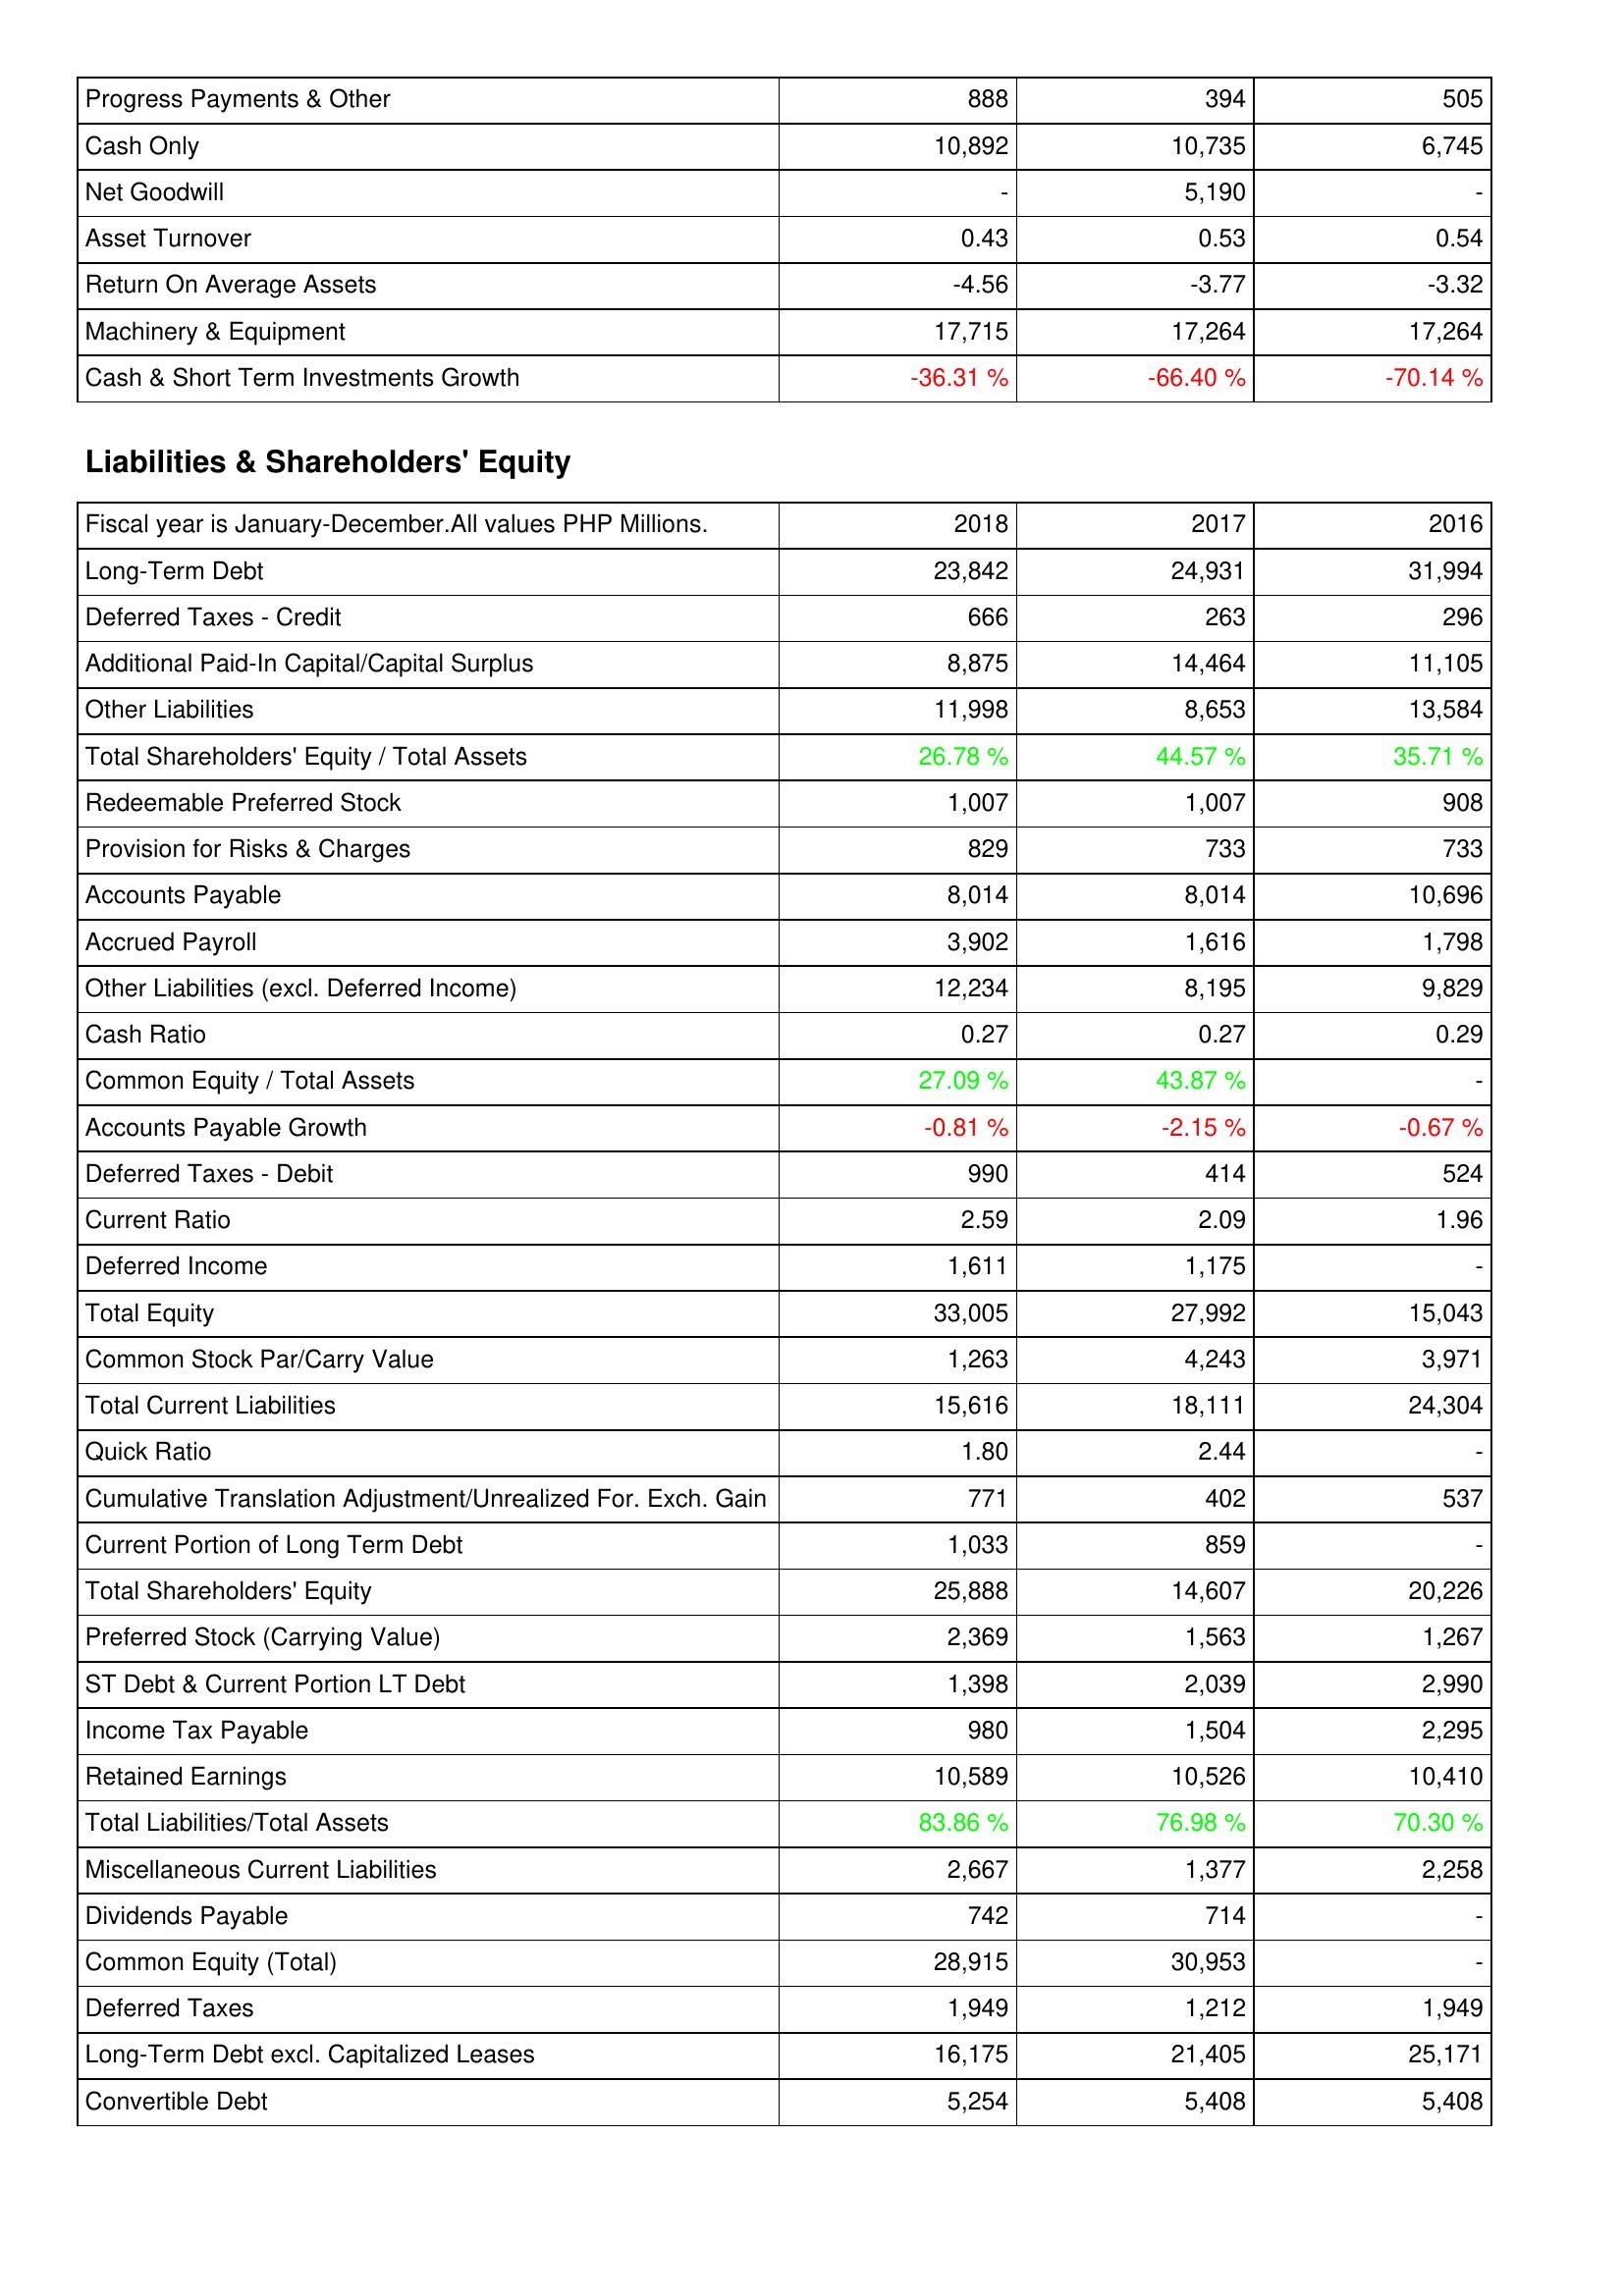
2018: Assets: Progress Payments & Other: 888
Cash Only: 10,892
Net Goodwill: -
Asset Turnover: 0.43
Return On Average Assets: -4.56
Machinery & Equipment: 17,715
Cash & Short Term Investments Growth: -36.31 %
Liabilities & Shareholders' Equity: Long-Term Debt: 23,842
Deferred Taxes - Credit: 666
Additional Paid-In Capital/Capital Surplus: 8,875
Other Liabilities: 11,998
Total Shareholders' Equity / Total Assets: 26.78 %
Redeemable Preferred Stock: 1,007
Provision for Risks & Charges: 829
Accounts Payable: 8,014
Accrued Payroll: 3,902
Other Liabilities (excl. Deferred Income): 12,234
Cash Ratio: 0.27
Common Equity / Total Assets: 27.09 %
Accounts Payable Growth: -0.81 %
Deferred Taxes - Debit: 990
Current Ratio: 2.59
Deferred Income: 1,611
Total Equity: 33,005
Common Stock Par/Carry Value: 1,263
Total Current Liabilities: 15,616
Quick Ratio: 1.80
Cumulative Translation Adjustment/Unrealized For. Exch. Gain: 771
Current Portion of Long Term Debt: 1,033
Total Shareholders' Equity: 25,888
Preferred Stock (Carrying Value): 2,369
ST Debt & Current Portion LT Debt: 1,398
Income Tax Payable: 980
Retained Earnings: 10,589
Total Liabilities/Total Assets: 83.86 %
Miscellaneous Current Liabilities: 2,667
Dividends Payable: 742
Common Equity (Total): 28,915
Deferred Taxes: 1,949
Long-Term Debt excl. Capitalized Leases: 16,175
Convertible Debt: 5,254
2017: Assets: Progress Payments & Other: 394
Cash Only: 10,735
Net Goodwill: 5,190
Asset Turnover: 0.53
Return On Average Assets: -3.77
Machinery & Equipment: 17,264
Cash & Short Term Investments Growth: -66.40 %
Liabilities & Shareholders' Equity: Long-Term Debt: 24,931
Deferred Taxes - Credit: 263
Additional Paid-In Capital/Capital Surplus: 14,464
Other Liabilities: 8,653
Total Shareholders' Equity / Total Assets: 44.57 %
Redeemable Preferred Stock: 1,007
Provision for Risks & Charges: 733
Accounts Payable: 8,014
Accrued Payroll: 1,616
Other Liabilities (excl. Deferred Income): 8,195
Cash Ratio: 0.27
Common Equity / Total Assets: 43.87 %
Accounts Payable Growth: -2.15 %
Deferred Taxes - Debit: 414
Current Ratio: 2.09
Deferred Income: 1,175
Total Equity: 27,992
Common Stock Par/Carry Value: 4,243
Total Current Liabilities: 18,111
Quick Ratio: 2.44
Cumulative Translation Adjustment/Unrealized For. Exch. Gain: 402
Current Portion of Long Term Debt: 859
Total Shareholders' Equity: 14,607
Preferred Stock (Carrying Value): 1,563
ST Debt & Current Portion LT Debt: 2,039
Income Tax Payable: 1,504
Retained Earnings: 10,526
Total Liabilities/Total Assets: 76.98 %
Miscellaneous Current Liabilities: 1,377
Dividends Payable: 714
Common Equity (Total): 30,953
Deferred Taxes: 1,212
Long-Term Debt excl. Capitalized Leases: 21,405
Convertible Debt: 5,408
2016: Assets: Progress Payments & Other: 505
Cash Only: 6,745
Net Goodwill: -
Asset Turnover: 0.54
Return On Average Assets: -3.32
Machinery & Equipment: 17,264
Cash & Short Term Investments Growth: -70.14 %
Liabilities & Shareholders' Equity: Long-Term Debt: 31,994
Deferred Taxes - Credit: 296
Additional Paid-In Capital/Capital Surplus: 11,105
Other Liabilities: 13,584
Total Shareholders' Equity / Total Assets: 35.71 %
Redeemable Preferred Stock: 908
Provision for Risks & Charges: 733
Accounts Payable: 10,696
Accrued Payroll: 1,798
Other Liabilities (excl. Deferred Income): 9,829
Cash Ratio: 0.29
Common Equity / Total Assets: -
Accounts Payable Growth: -0.67 %
Deferred Taxes - Debit: 524
Current Ratio: 1.96
Deferred Income: -
Total Equity: 15,043
Common Stock Par/Carry Value: 3,971
Total Current Liabilities: 24,304
Quick Ratio: -
Cumulative Translation Adjustment/Unrealized For. Exch. Gain: 537
Current Portion of Long Term Debt: -
Total Shareholders' Equity: 20,226
Preferred Stock (Carrying Value): 1,267
ST Debt & Current Portion LT Debt: 2,990
Income Tax Payable: 2,295
Retained Earnings: 10,410
Total Liabilities/Total Assets: 70.30 %
Miscellaneous Current Liabilities: 2,258
Dividends Payable: -
Common Equity (Total): -
Deferred Taxes: 1,949
Long-Term Debt excl. Capitalized Leases: 25,171
Convertible Debt: 5,408